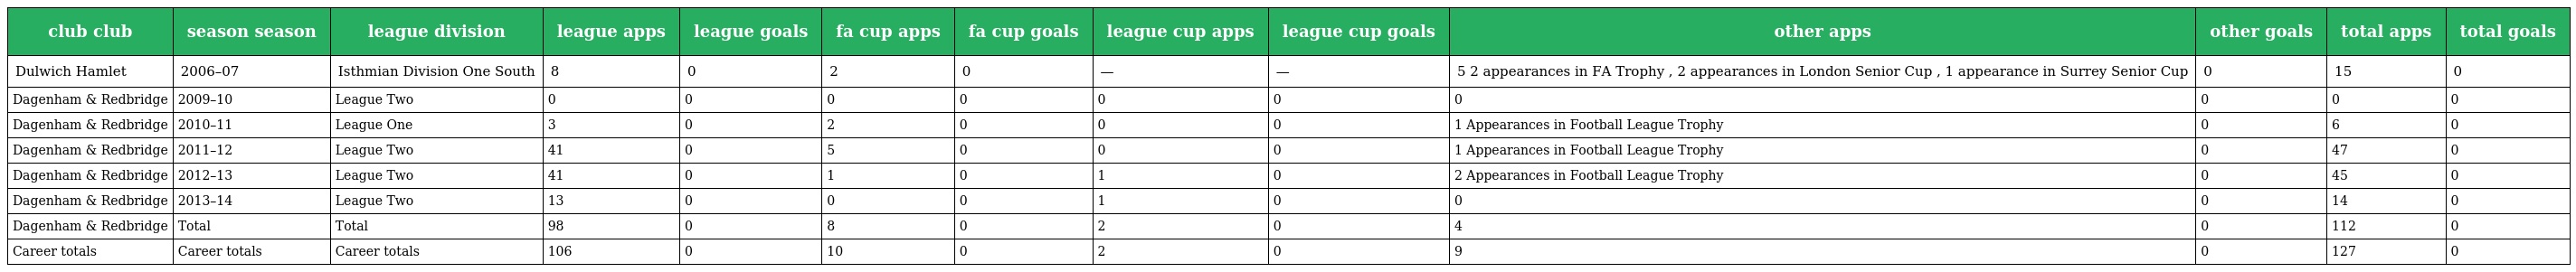
| club club | season season | league division | league apps | league goals | fa cup apps | fa cup goals | league cup apps | league cup goals | other apps | other goals | total apps | total goals |
 | --- | --- | --- | --- | --- | --- | --- | --- | --- | --- | --- | --- | --- |
 | Dulwich Hamlet | 2006–07 | Isthmian Division One South | 8 | 0 | 2 | 0 | — | — | 5 2 appearances in FA Trophy , 2 appearances in London Senior Cup , 1 appearance in Surrey Senior Cup | 0 | 15 | 0 |
 | Dagenham & Redbridge | 2009–10 | League Two | 0 | 0 | 0 | 0 | 0 | 0 | 0 | 0 | 0 | 0 |
 | Dagenham & Redbridge | 2010–11 | League One | 3 | 0 | 2 | 0 | 0 | 0 | 1 Appearances in Football League Trophy | 0 | 6 | 0 |
 | Dagenham & Redbridge | 2011–12 | League Two | 41 | 0 | 5 | 0 | 0 | 0 | 1 Appearances in Football League Trophy | 0 | 47 | 0 |
 | Dagenham & Redbridge | 2012–13 | League Two | 41 | 0 | 1 | 0 | 1 | 0 | 2 Appearances in Football League Trophy | 0 | 45 | 0 |
 | Dagenham & Redbridge | 2013–14 | League Two | 13 | 0 | 0 | 0 | 1 | 0 | 0 | 0 | 14 | 0 |
 | Dagenham & Redbridge | Total | Total | 98 | 0 | 8 | 0 | 2 | 0 | 4 | 0 | 112 | 0 |
 | Career totals | Career totals | Career totals | 106 | 0 | 10 | 0 | 2 | 0 | 9 | 0 | 127 | 0 |